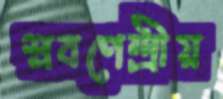
শ্রবণেন্দ্রীয়